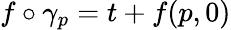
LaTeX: f\circ\gamma_{p}=t+f(p,0)